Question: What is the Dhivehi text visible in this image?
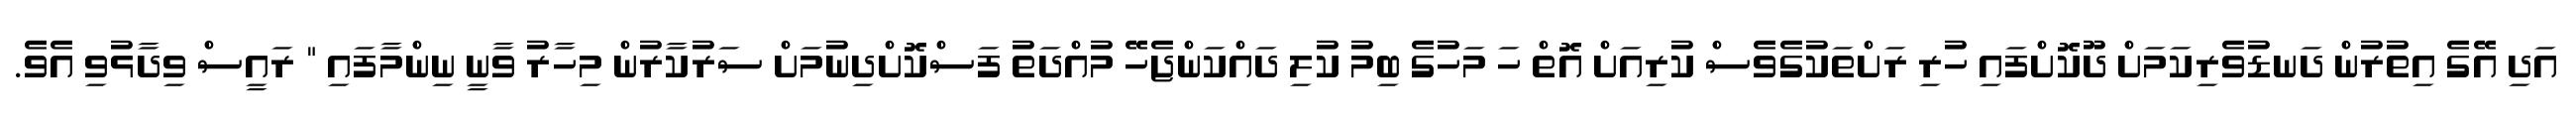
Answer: އަދި އޭގެ އިތުރުން ދަނޑުވެރިކަމަށް ދޫކޮށްފައި ހުރި ރަށްތަކުގެވެސް ކުރިއަށް އޮތް ހަ މަހުގެ ބިމު ކުލި ދައްކަންޖެހޭ މުއްދަތު ފަސްކޮށްދިނުމަށް ސަރުކާރުން މިހާރު ވާނީ ނިންމާފައި " ރައީސް ވިދާޅުވި އެވެ.